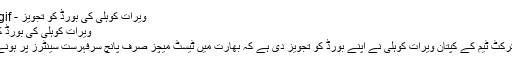
ویرات کوہلی کی بورڈ کو تجویز - Cricingif
ویرات کوہلی کی بورڈ کو تجویز
بھارتی کرکٹ ٹیم کے کپتان ویرات کوہلی نے اپنے بورڈ کو تجویز دی ہے کہ بھارت میں ٹیسٹ میچز صرف پانچ سرفہرست سینٹرز پر ہونے چاہیئں۔